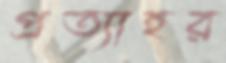
প্রত্যাহর